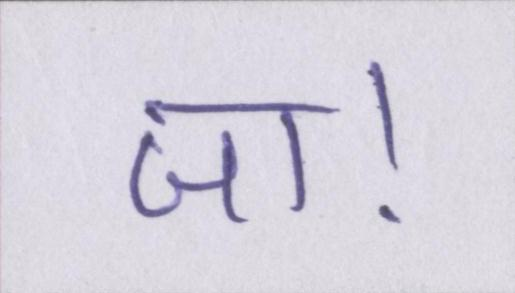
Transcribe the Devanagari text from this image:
जा।